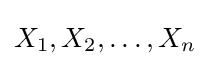
{\textstyle X_{1},X_{2},\ldots ,X_{n}}